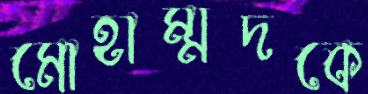
মোহাম্মদকে